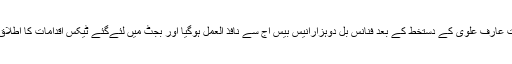
صدرمملکت عارف علوی کے دستخط کے بعد فنانس بل دوہزارانیس بیس آج سے نافذ العمل ہوگیا اور بجٹ میں لئےگئے ٹیکس اقدامات کا اطلاق بھی ہوگیا۔